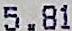
5.81